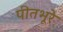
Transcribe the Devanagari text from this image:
पीतभूरे